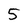
Character: 5